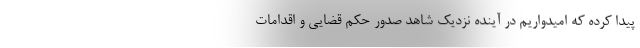
پیدا کرده که امیدواریم در آینده نزدیک شاهد صدور حکم قضایی و اقدامات